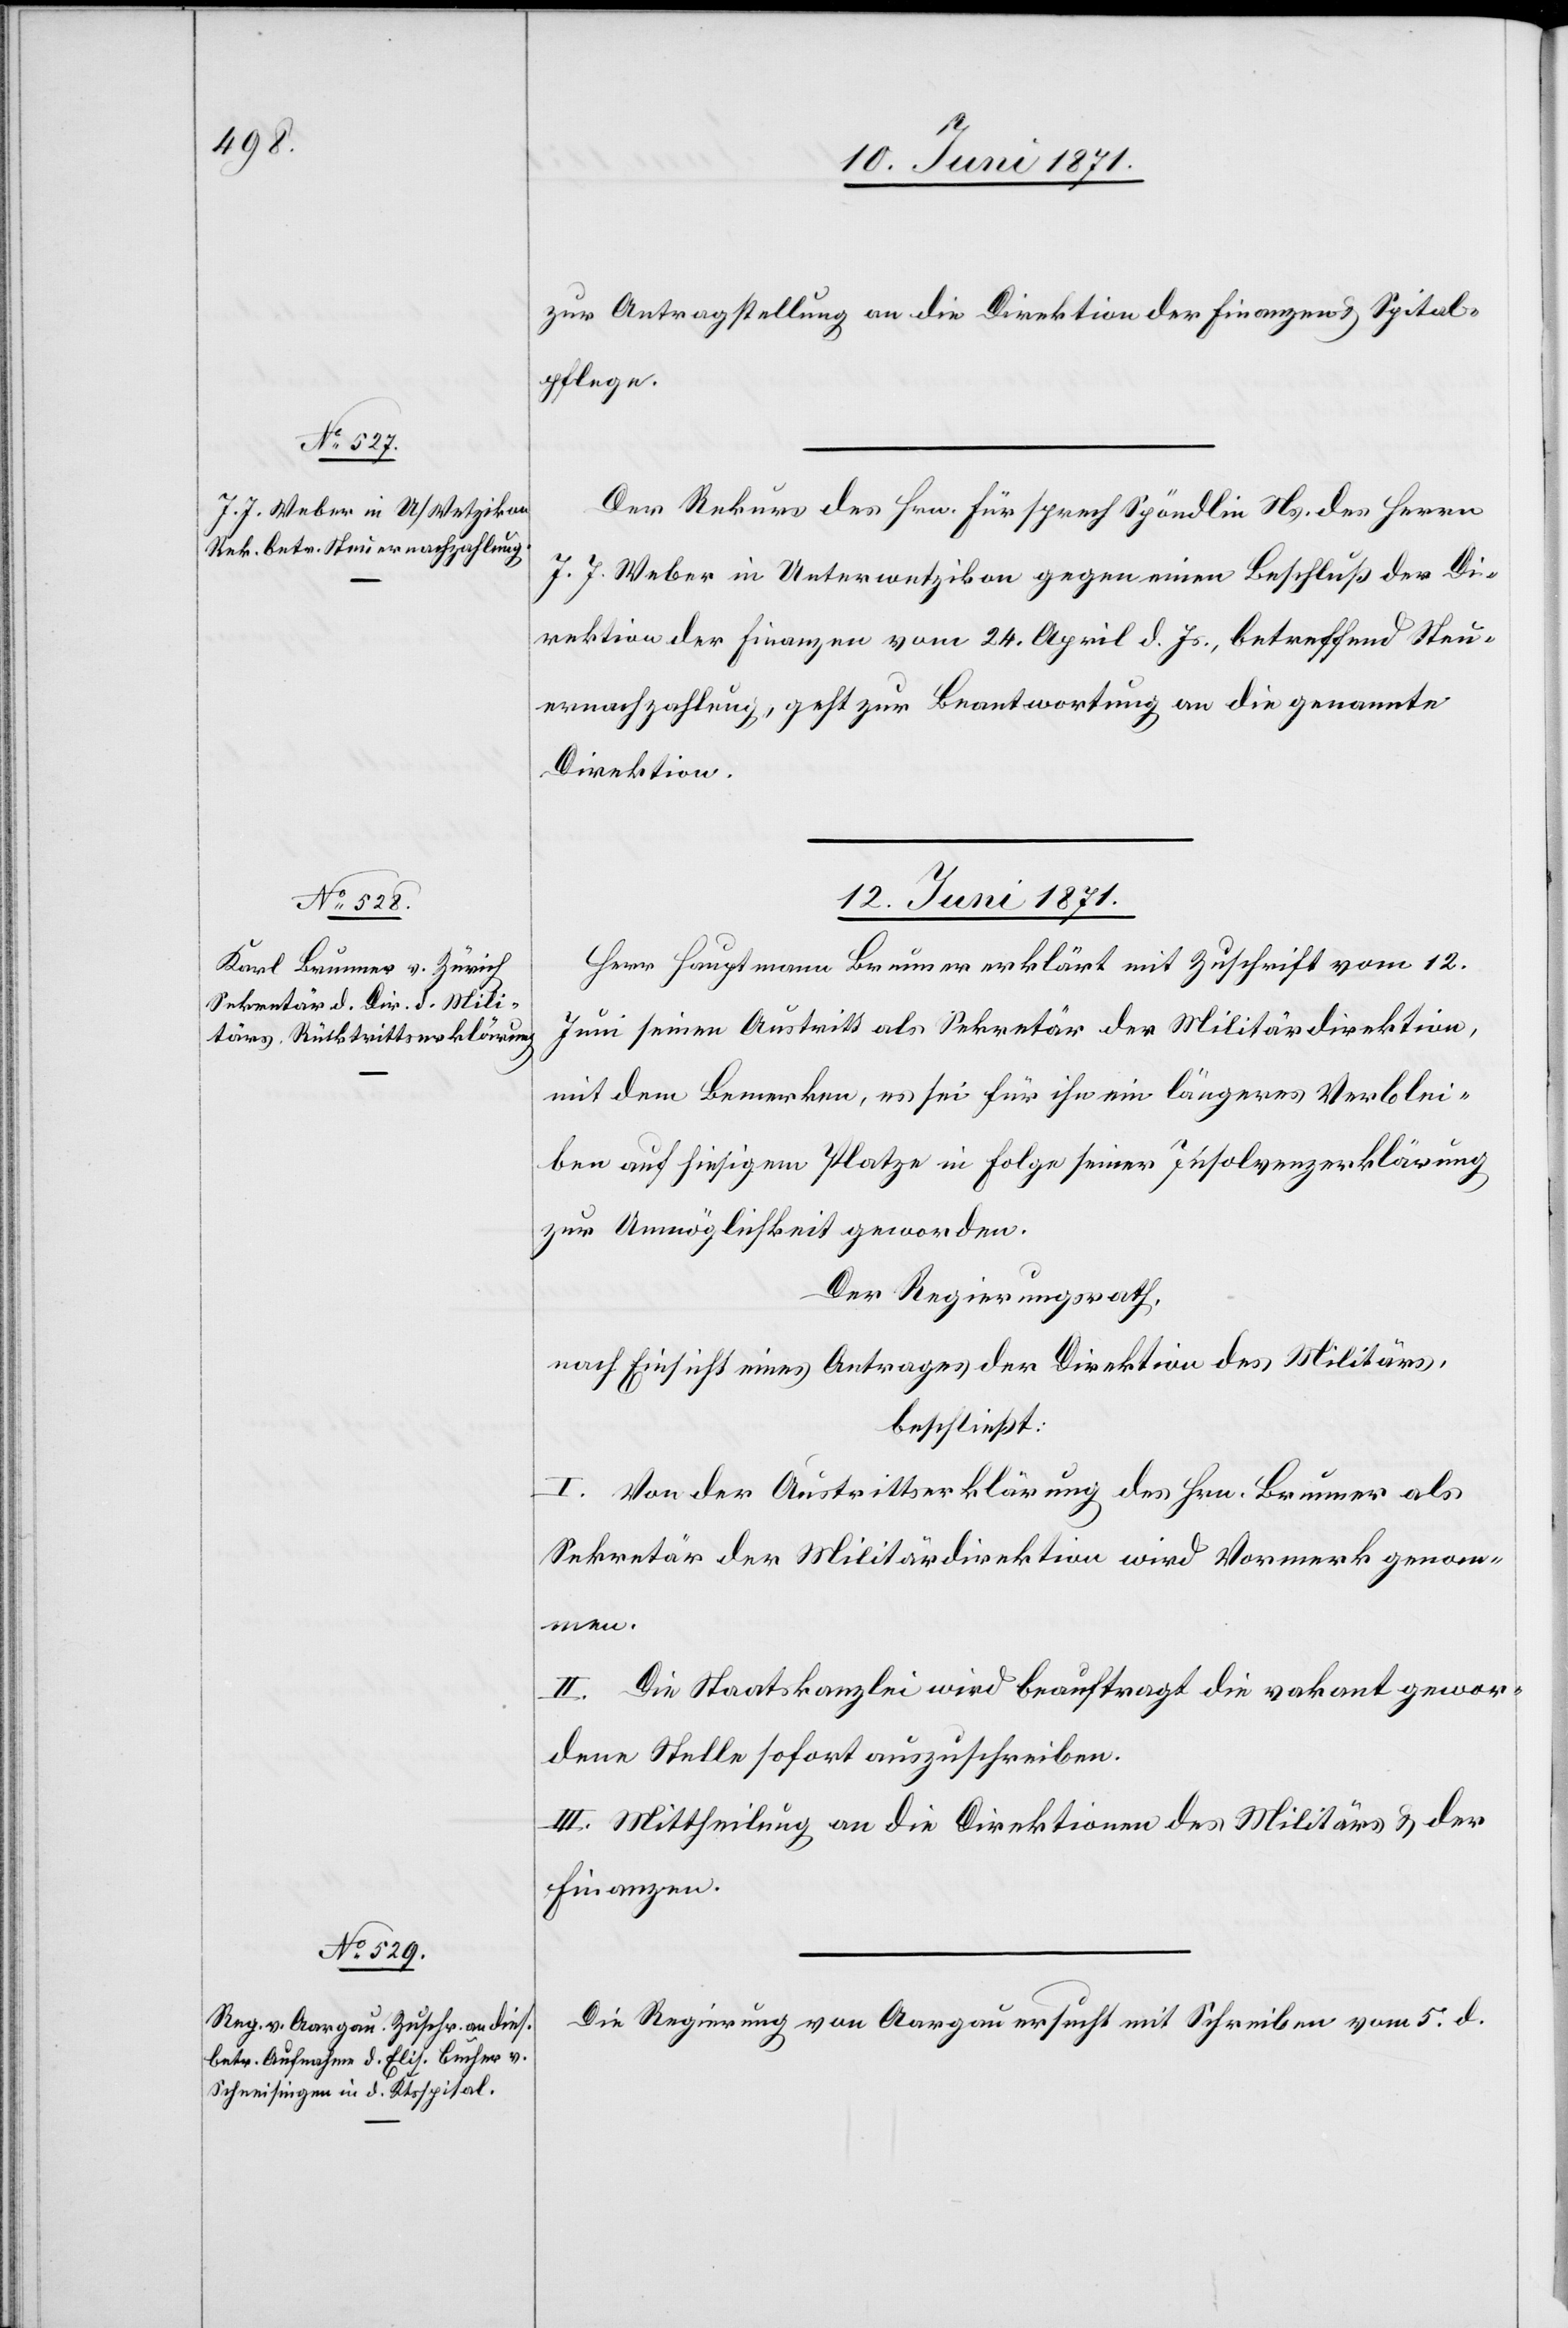
10. Juni 1871.]
zur Antragstellung an die Direktion der Finanzen u. Spital¬
pflege.
Der Rekurs des Hrn. Fürsprech Spöndlin Ns. des Herrn
J. J. Weber in Unterwetzikon gegen einen Beschluß der Di¬
rektion der Finanzen vom 24. April d. Js., betreffend Steu¬
ernachzahlung, geht zur Beantwortung an die genannte
Direktion.
12. Juni 1871.]
Herr Hauptmann Brunner erklärt mit Zuschrift vom 12.
Juni seinen Austritt als Sekretär der Militärdirektion
mit dem Bemerken, es sei für ihn ein längeres Verblei¬
ben auf hiesigem Platze in Folge seiner Insolvenzerklärung
zur Unmöglichkeit geworden.
Der Regierungsrath,
nach Einsicht eines Antrages der Direktion des Militärs,
beschließt:
I. Von der Austrittserklärung des Hrn. Brunner als
Sekretär der Militärdirektion wird Vormerk genomm¬
en.
II. Die Staatskanzlei wird beauftragt die vakant gewor¬
dene Stelle sofort auszuschreiben.
III. Mittheilung an die Direktion des Militärs u. der
Finanzen.
Die Regierung von Aargau ersucht mit Schreiben vom 5. d.